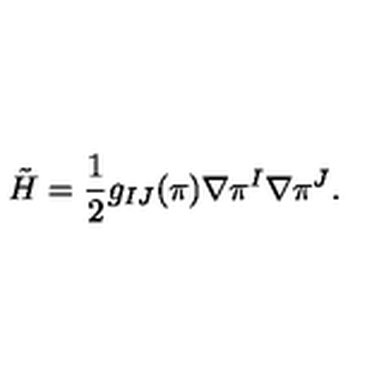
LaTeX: \tilde { H } = { \frac { 1 } { 2 } } g _ { I J } ( \pi ) \nabla \pi ^ { I } \nabla \pi ^ { J } .